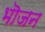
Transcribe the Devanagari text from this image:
भॊजन